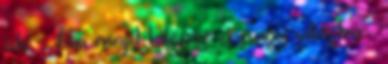
idő : Ha majd kilépsz a nagy világba .